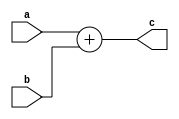
module add(
	input [31:0] a, b,
	output [31:0] c
);
assign c = a + b;
endmodule